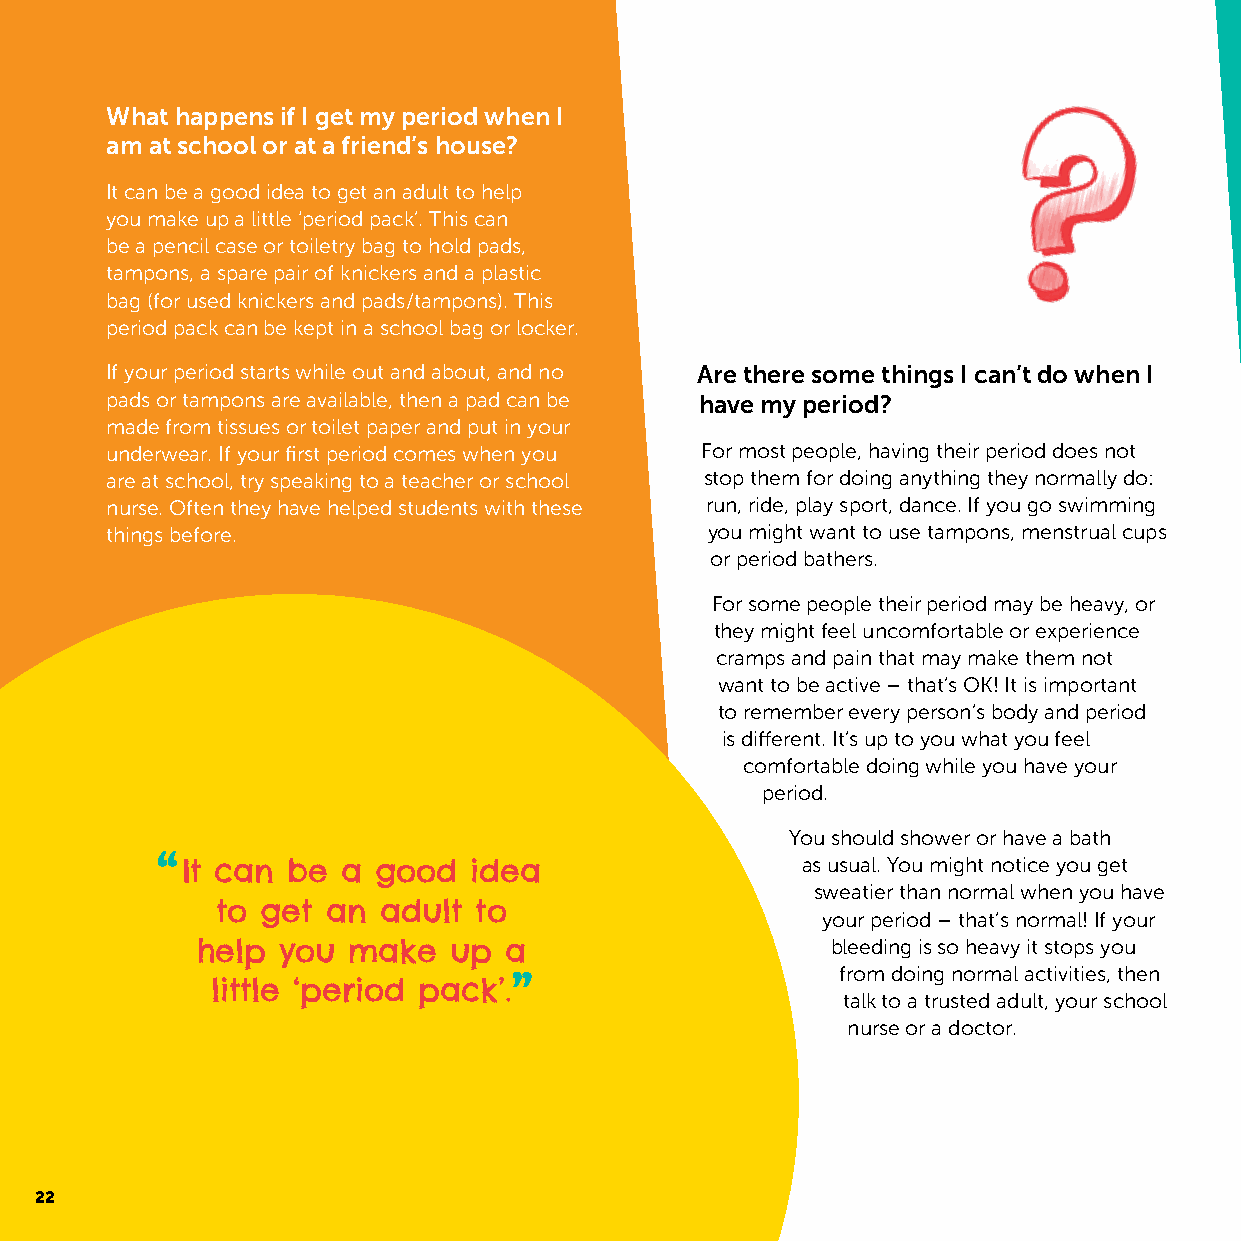
What happens if I get my period when I
 am at school or at a friend’s house?
 It can be a good idea to get an adult to help
 you make up a little ‘period pack’. This can
 be a pencil case or toiletry bag to hold pads,
 tampons, a spare pair of knickers and a plastic
 bag (for used knickers and pads/tampons). This
 period pack can be kept in a school bag or locker.
 If your period starts while out and about, and no Are there some things I can’t do when I
 pads or tampons are available, then a pad can be have my period?
 made from tissues or toilet paper and put in your
 underwear. If your first period comes when you For most people, having their period does not
 are at school, try speaking to a teacher or school stop them for doing anything they normally do:
 nurse. Often they have helped students with these run, ride, play sport, dance. If you go swimming
 things before.                          you might want to use tampons, menstrual cups
 or period bathers.
 For some people their period may be heavy, or
 they might feel uncomfortable or experience
 cramps and pain that may make them not
 want to be active – that’s OK! It is important
 to remember every person’s body and period
 is different. It’s up to you what you feel
 comfortable doing while you have your
 period.
 You should shower or have a bath
 It can be  a good  idea                  as usual. You might notice you get
 sweatier than normal when you have
 to get  an adult to
 your period – that’s normal! If your
 help you  make   up a                     bleeding is so heavy it stops you
 from doing normal activities, then
 little ‘period pack’.
 talk to a trusted adult, your school
 nurse or a doctor.
 22